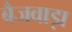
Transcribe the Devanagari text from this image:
बैजवाड़ा